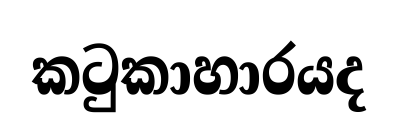
කටුකාහාරයද